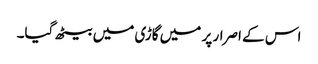
اس کے اصرار پر میں گاڑی میں بیٹھ گیا۔